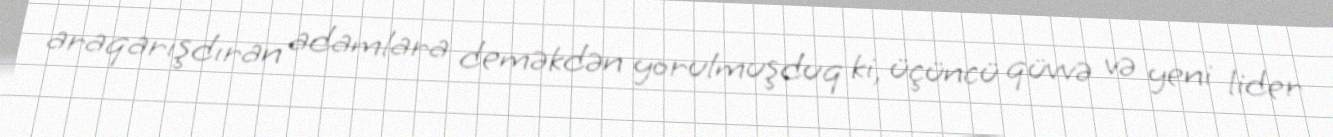
araqarışdıran adamlara deməkdən yorulmuşduq ki, üçüncü qüvvə və yeni lider